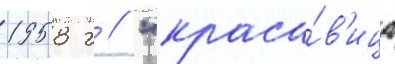
1958 г // "краса́в'ица